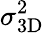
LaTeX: \sigma_{\mathrm{3D}}^{2}